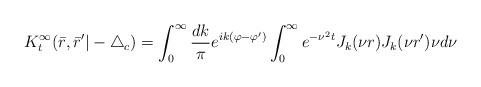
LaTeX: \begin{align*}K_{t}^{\infty}(\bar r,\bar r'|-\triangle_c)=\int_{0}^{\infty}\frac{dk}{\pi}e^{ik(\varphi-\varphi')}\int_{0}^{\infty}e^{-\nu^2t} J_{k}(\nu r)J_{k}(\nu r')\nu d\nu\end{align*}